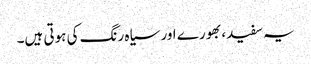
یہ سفید، بھورے اور سیاہ رنگ کی ہوتی ہیں۔